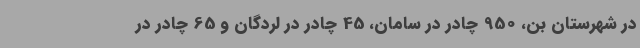
در شهرستان بن، 950 چادر در سامان، 45 چادر در لردگان و 65 چادر در